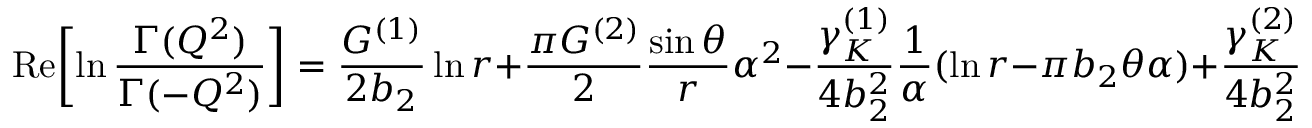
\mathrm { R e } \biggl [ \ln { \frac { \Gamma ( Q ^ { 2 } ) } { \Gamma ( - Q ^ { 2 } ) } } \biggr ] = { \frac { G ^ { ( 1 ) } } { 2 b _ { 2 } } } \ln r + { \frac { \pi G ^ { ( 2 ) } } { 2 } } { \frac { \sin \theta } { r } } \alpha ^ { 2 } - { \frac { \gamma _ { K } ^ { ( 1 ) } } { 4 b _ { 2 } ^ { 2 } } } { \frac { 1 } { \alpha } } ( \ln r - \pi b _ { 2 } \theta \alpha ) + { \frac { \gamma _ { K } ^ { ( 2 ) } } { 4 b _ { 2 } ^ { 2 } } } \ln r ,